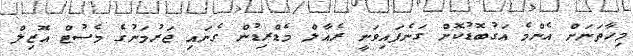
މިހާތަނަށް އެންމެ އަގުބޮޑުކޮށް ގަނެފައިވަނީ ރެއާލް މެޑްރިޑުން ގެނައި ޖަރުމަނުގެ މެސުޓް އޮޒިލް